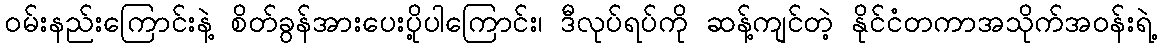
ဝမ်းနည်းကြောင်းနဲ့ စိတ်ခွန်အားပေးပို့ပါကြောင်း၊ ဒီလုပ်ရပ်ကို ဆန့်ကျင်တဲ့ နိုင်ငံတကာအသိုက်အဝန်းရဲ့